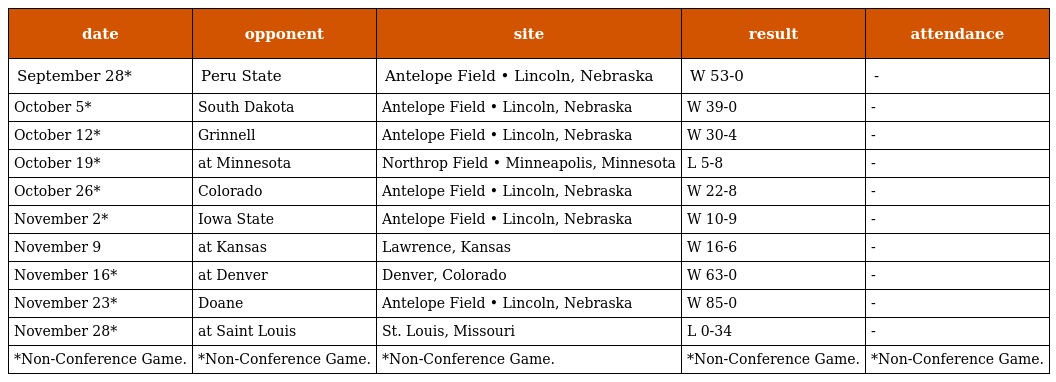
| date | opponent | site | result | attendance |
 | --- | --- | --- | --- | --- |
 | September 28* | Peru State | Antelope Field • Lincoln, Nebraska | W 53-0 | - |
 | October 5* | South Dakota | Antelope Field • Lincoln, Nebraska | W 39-0 | - |
 | October 12* | Grinnell | Antelope Field • Lincoln, Nebraska | W 30-4 | - |
 | October 19* | at Minnesota | Northrop Field • Minneapolis, Minnesota | L 5-8 | - |
 | October 26* | Colorado | Antelope Field • Lincoln, Nebraska | W 22-8 | - |
 | November 2* | Iowa State | Antelope Field • Lincoln, Nebraska | W 10-9 | - |
 | November 9 | at Kansas | Lawrence, Kansas | W 16-6 | - |
 | November 16* | at Denver | Denver, Colorado | W 63-0 | - |
 | November 23* | Doane | Antelope Field • Lincoln, Nebraska | W 85-0 | - |
 | November 28* | at Saint Louis | St. Louis, Missouri | L 0-34 | - |
 | *Non-Conference Game. | *Non-Conference Game. | *Non-Conference Game. | *Non-Conference Game. | *Non-Conference Game. |